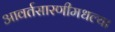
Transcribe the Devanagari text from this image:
आवर्तसारणीमधल्या